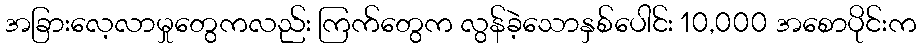
အခြားလေ့လာမှုတွေကလည်း ကြက်တွေက လွန်ခဲ့သောနှစ်ပေါင်း 10,000 အစောပိုင်းက